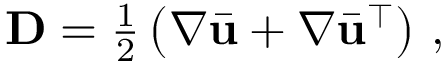
\begin{array} { r } { { \bf D } = \frac { 1 } { 2 } \left( \nabla \bar { \bf u } + \nabla \bar { \bf u } ^ { \top } \right) \, , } \end{array}